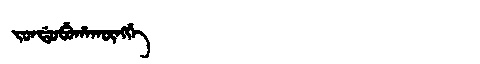
Manchu: ᠵᠣᠨᡩᠣᠪᡠᡥᠠᡴᡡᠩᡤᡝ
Romanization: JONDOBUHAKŪNGGE